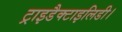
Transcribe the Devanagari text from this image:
ट्राइडैक्टाइलिडी।